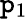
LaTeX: \mathtt{p}_{1}